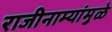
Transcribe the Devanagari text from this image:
राजीनाम्यांमुळे